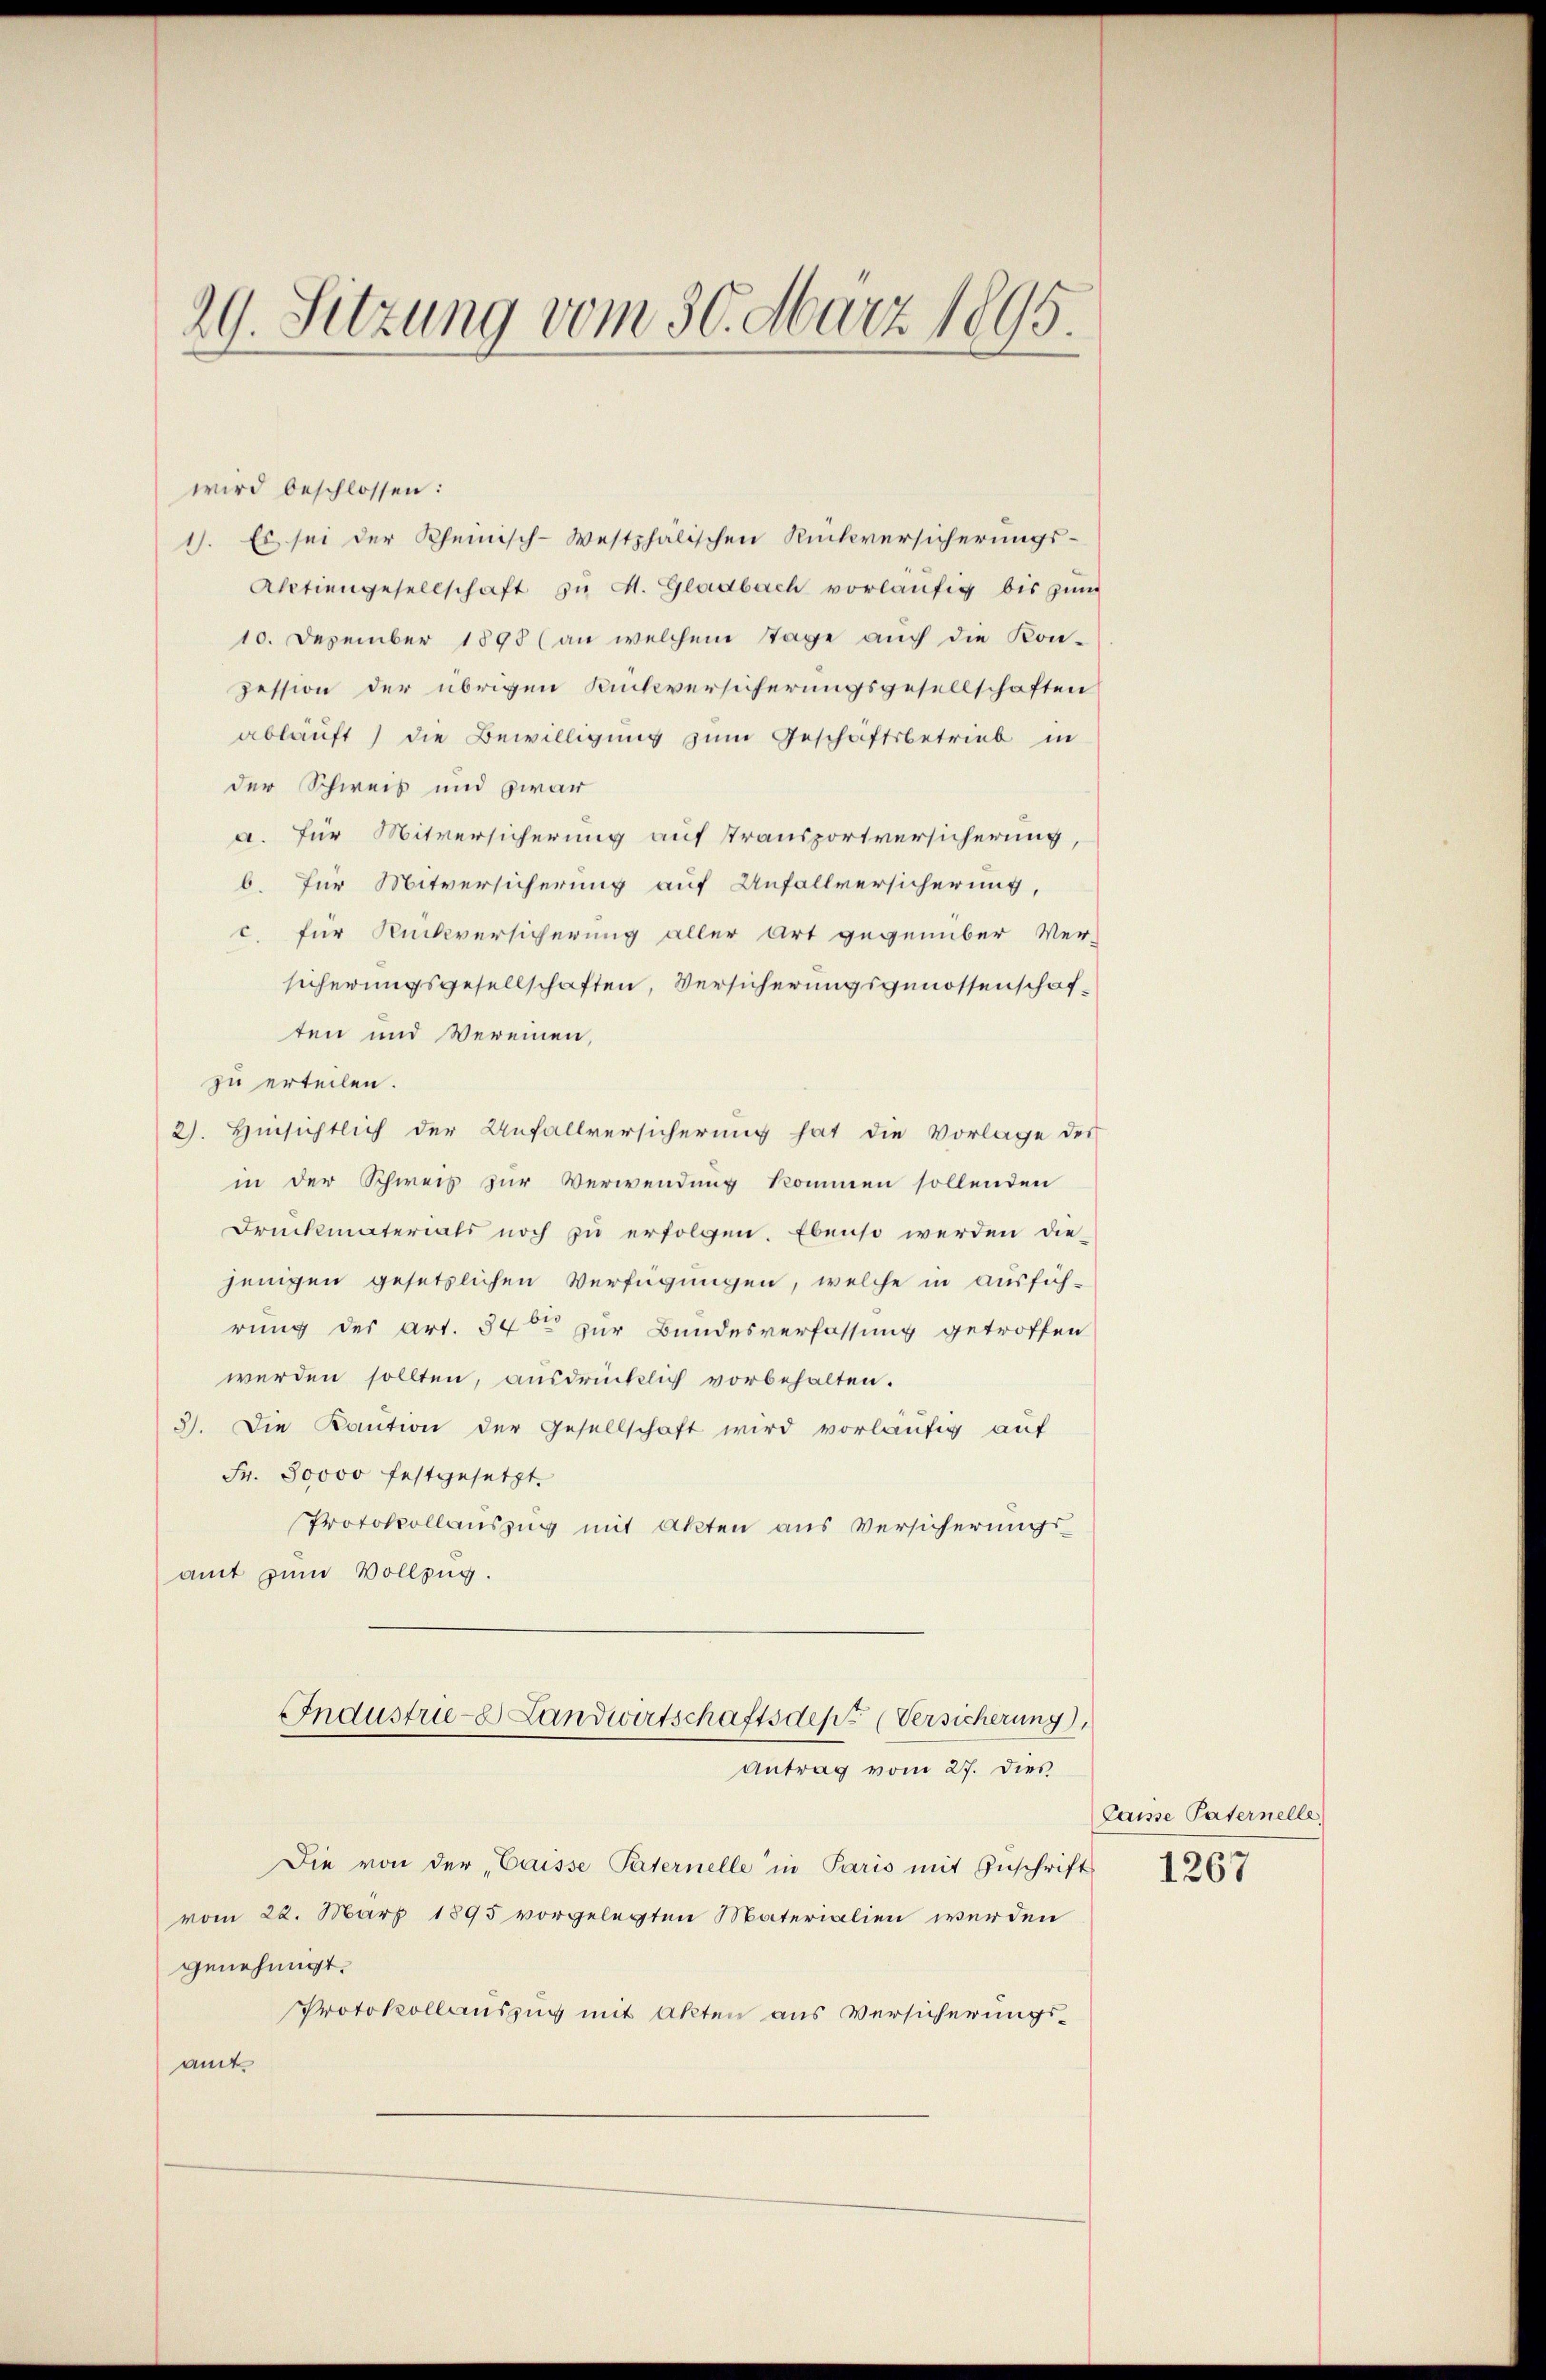
29. Sitzung vom 30. März 1895.

wird beschlossen:
1). Es sei der Rheinisch-Westphalischen Rückversicherungs-
Aktiengesellschaft zu M. Gladbach vorläufig bis zum
10. Dezember 1898 (an welchem Tage auch die Kon-
zession der übrigen Rückversicherungsgesellschaften
abläuft) die Bewilligung zum Geschäftsbetrieb in
der Schweis und zwar
a. Für Mitversicherung auf Transportversicherung,
b. für Mitversicherung auf Unfallversicherung,
c. für Rückversicherung aller Art gegenüber Ver-
sicherungsgesellschaften, Versicherungsgenossenschaften und Vereinen,
zu erteilen.
2). Hinsichtlich der Anfallversicherung hat die Vorlage des
in der Schweis zur Verwendung kommen sollenden
Druckmaterials noch zu erfolgen. Ebenso werden die-
jenigen gesetzlichen Verfügungen, welche in ausfüh-
rung des Art. 340 zur Bundesverfassung getroffen
werden sollten, ausdrücklich vorbehalten.
3). Die Kaution der Gesellschaft wird vorläufig auf
Fr. 50000 festgesetzt.
Protokollauszug mit Akten aus Versicherungsamt zum Vollzug.
Industrie- Landwirtschaftsdepe Versicherung,
Antrag vom 27. dies
Die von der „Caisse Paternelle in Paris mit Zŭschrift
vom 22. März 1895 vorgelegten Materialien werden
genehmigt.
Protokollauszug mit Akten aus Versicherungsamt

Laisse Paternelle
1267